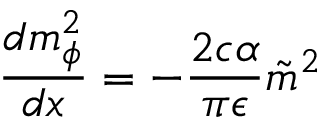
\frac { d m _ { \phi } ^ { 2 } } { d x } = - \frac { 2 c \alpha } { \pi \epsilon } \tilde { m } ^ { 2 }